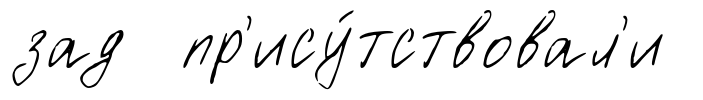
зад пр'ису́тствовал'и